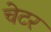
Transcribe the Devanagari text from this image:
चेटर